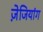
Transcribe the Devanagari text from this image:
ज़ेजियांग